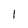
Character: I